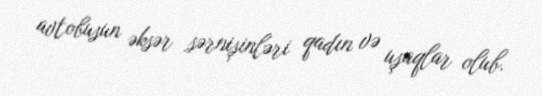
avtobusun əksər sərnişinləri qadın və uşaqlar olub.